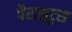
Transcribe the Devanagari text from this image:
पैराशूट्स